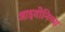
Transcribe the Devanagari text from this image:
आइयोनिक्स